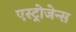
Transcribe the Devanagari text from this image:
एस्ट्रोजेन्स